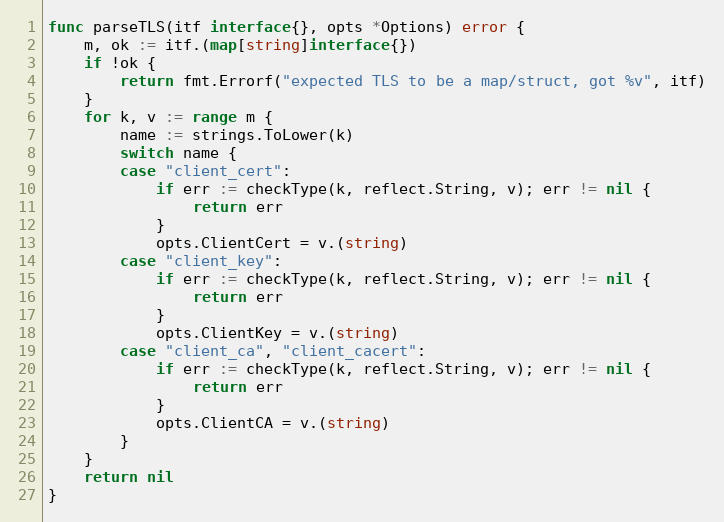
Language: Go
func parseTLS(itf interface{}, opts *Options) error {
	m, ok := itf.(map[string]interface{})
	if !ok {
		return fmt.Errorf("expected TLS to be a map/struct, got %v", itf)
	}
	for k, v := range m {
		name := strings.ToLower(k)
		switch name {
		case "client_cert":
			if err := checkType(k, reflect.String, v); err != nil {
				return err
			}
			opts.ClientCert = v.(string)
		case "client_key":
			if err := checkType(k, reflect.String, v); err != nil {
				return err
			}
			opts.ClientKey = v.(string)
		case "client_ca", "client_cacert":
			if err := checkType(k, reflect.String, v); err != nil {
				return err
			}
			opts.ClientCA = v.(string)
		}
	}
	return nil
}